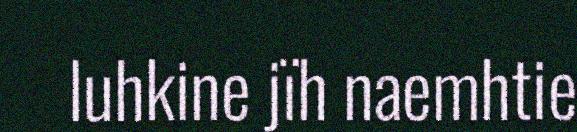
luhkine jïh naemhtie